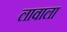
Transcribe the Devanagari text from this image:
लावाला